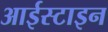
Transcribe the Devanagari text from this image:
आईस्टाइन